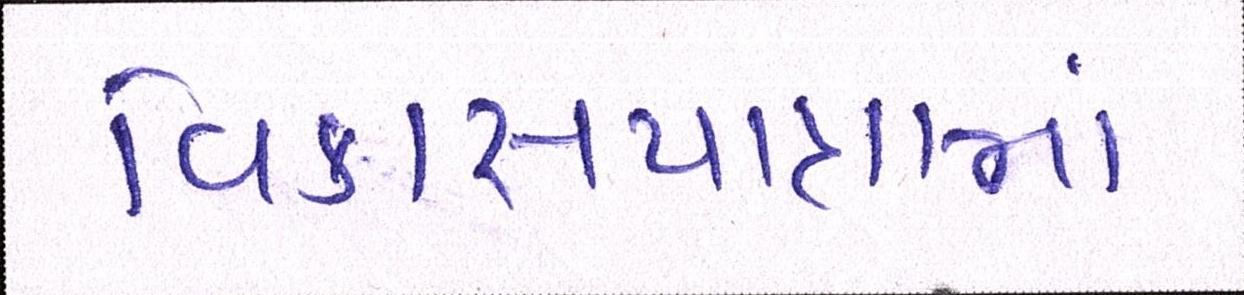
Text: વિકાસયાત્રામાં